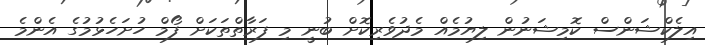
އިލެކްޝަންސް ކޮމިޝަނުން ލިޔުމެއް މެދުވެރިކޮށް ބުނީ މި ފަރާތްތަކަށް ފޯމް ހުށަހެޅުމުގެ އެންމެ